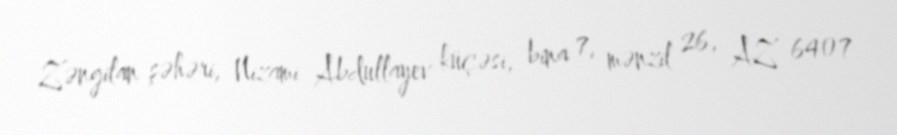
Zəngilan şəhəri, Nizami Abdullayev küçəsi, bina 7, mənzil 26, AZ 6407